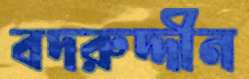
বদরুদ্দীন